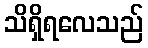
သိရှိရလေသည်